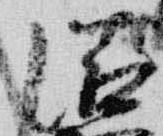
滋